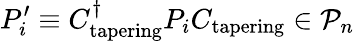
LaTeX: P_{i}^{\prime}\equiv C_{\mathrm{tapering}}^{\dagger}P_{i}C_{\mathrm{tapering}}\in\mathcal{P}_{n}